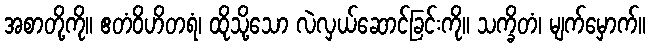
အစာတို့ကို။ ဧတံဝိဟိတရံ၊ ထိုသို့သော လဲလှယ်ဆောင်ခြင်းကို။ သက္ခိတံ၊ မျက်မှောက်။